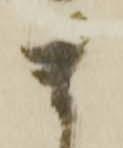
ま